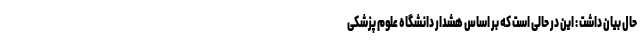
حال بیان داشت : این در حالی است که بر اساس هشدار دانشگاه علوم پزشکی